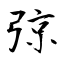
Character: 弶